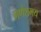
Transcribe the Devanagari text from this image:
गणेशमय